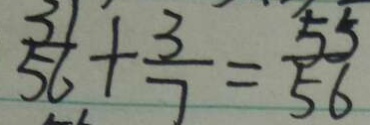
\frac { 3 1 } { 5 6 } + \frac { 3 } { 7 } = \frac { 5 5 } { 5 6 }